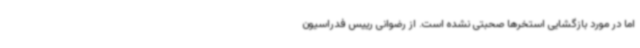
اما در مورد بازگشایی استخرها صحبتی نشده است. از رضوانی رییس فدراسیون